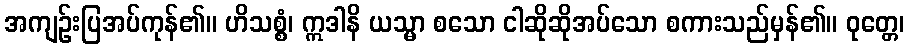
အကျဉ်းပြအပ်ကုန်၏။ ဟိသစ္စံ၊ ဣဒါနိ ယသ္မာ စသော ငါဆိုဆိုအပ်သော စကားသည်မှန်၏။ ဝုတ္တေ၊